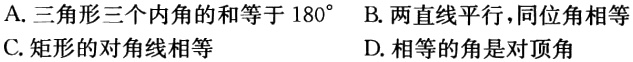
A. 三角形三个内角的和等于 \(180^{\circ}\)
B. 两直线平行，同位角相等
C. 矩形的对角线相等
D. 相等的角是对顶角